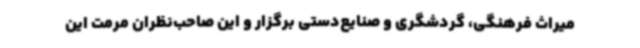
میراث فرهنگی، گردشگری و صنایع‌دستی برگزار و این صاحب‌نظران مرمت این